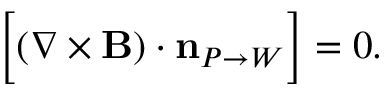
{ \Big [ } ( \nabla \times \mathbf { B } ) \cdot \mathbf { n } _ { P \rightarrow W } { \Big ] } = { 0 } .